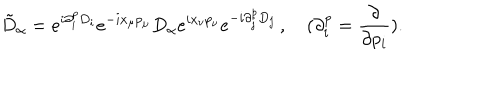
\tilde { D } _ { \alpha } = e ^ { i \partial _ { i } ^ { p } D _ { i } } e ^ { - i x _ { \mu } p _ { \mu } } D _ { \alpha } e ^ { i x _ { \nu } p _ { \nu } } e ^ { - i \partial _ { j } ^ { p } D _ { j } } \, , \quad ( \partial _ { i } ^ { p } = \frac { \partial } { \partial p _ { i } } ) .